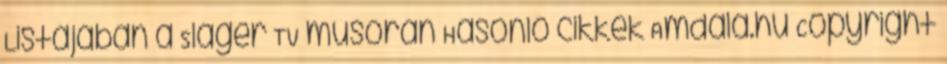
Listájában a Sláger TV műsorán Hasonló cikkek Amdala.hu Copyright